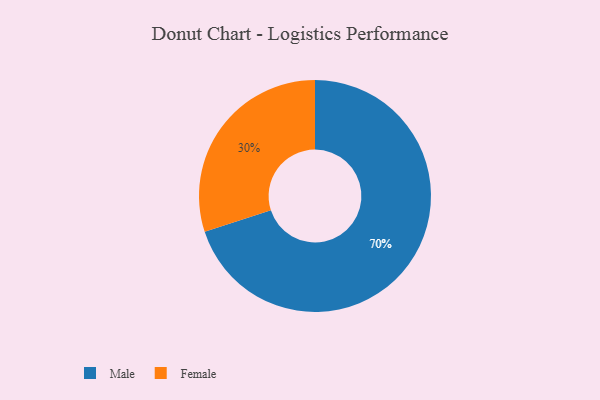
{"axis": {"x": "Category", "y": "Percentage"}, "legend": ["Female", "Male"], "data": [{"x": "Female", "y": 30, "type": "Female"}, {"x": "Male", "y": 70, "type": "Male"}]}